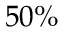
5 0 \%